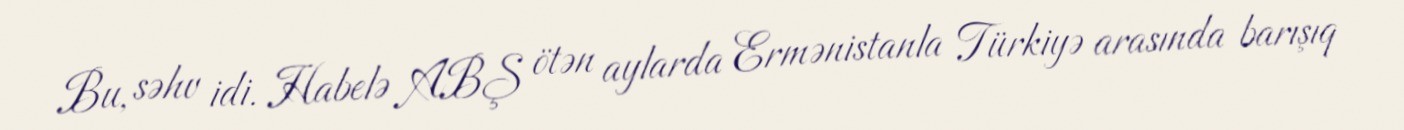
Bu, səhv idi. Habelə ABŞ ötən aylarda Ermənistanla Türkiyə arasında barışıq